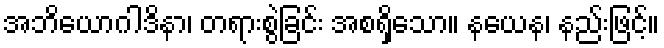
အဘိယောဂါဒိနာ၊ တရားစွဲခြင်း အစရှိသော။ နယေန၊ နည်းဖြင့်။